NAE_EAOK_eestikeelsed_sunnimeetrikad, lk 213
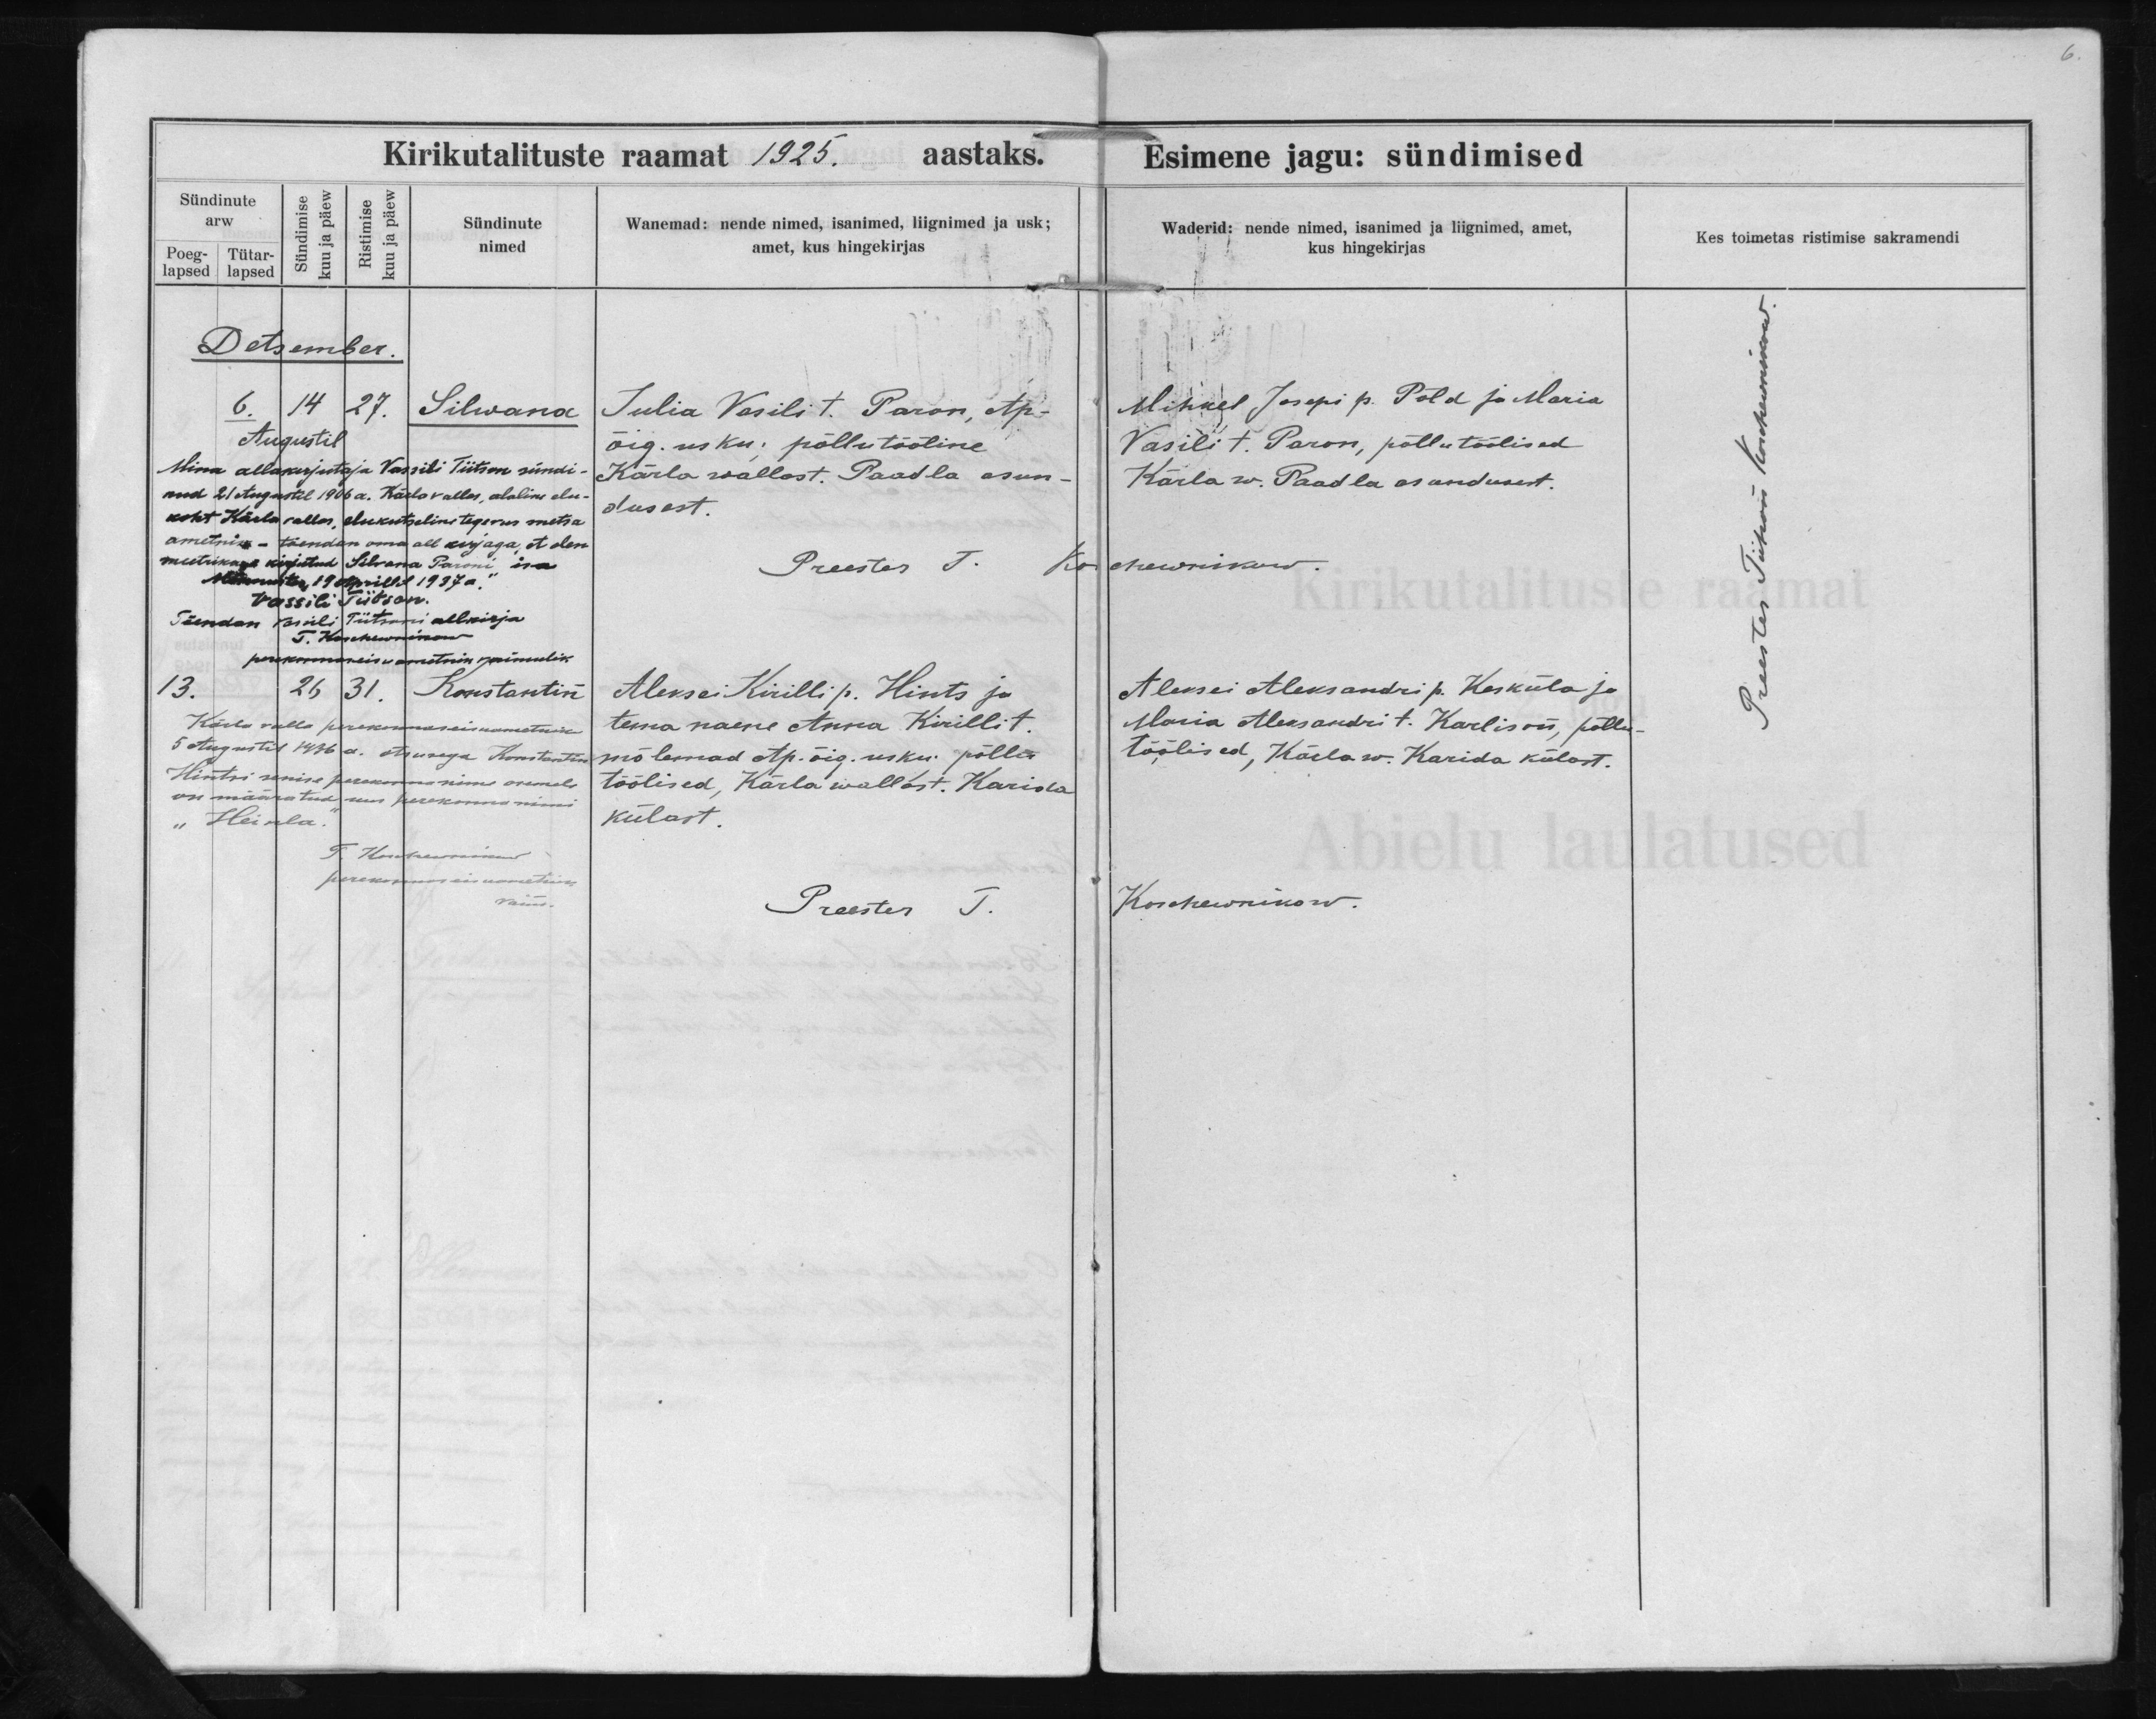
Silwana

Konstantin

Julia Vasili t. Paran, Ap.-
õig. usku; põllutööline
Kärla wallast. Paadla asun-
dusest.

Aleksei Kirilli p. Hints ja
tema naene Anna Kirilli t.
mõlemad Ap. õig. usku; põllu-
töölised, Kärla wallast. Karida
külast.